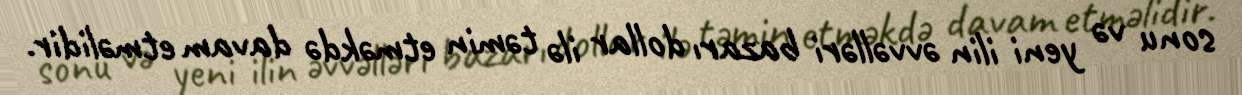
sonu və yeni ilin əvvəlləri bazarı dollar ilə təmin etməkdə davam etməlidir.